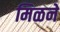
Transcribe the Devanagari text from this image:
मिळने